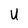
Character: U